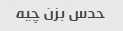
حدس بزن چیه